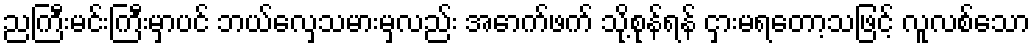
ညကြီးမင်းကြီးမှာပင် ဘယ်လှေသမားမှလည်း အောက်ဖက် သို့စုန်ရန် ငှားမရတော့သဖြင့် လူလစ်သော